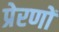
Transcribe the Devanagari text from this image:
प्रेरणों